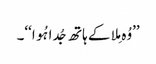
’’وُہ مِلا کے ہاتھ جُدا ہُوا‘‘۔